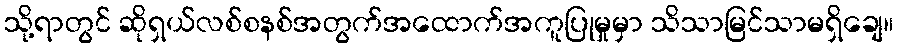
သို့ရာတွင် ဆိုရှယ်လစ်စနစ်အတွက်အထောက်အကူပြုမှုမှာ သိသာမြင်သာမရှိချေ။